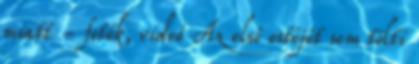
miatt - fotók, videó Az első estéjét sem tölti